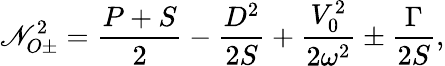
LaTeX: \mathscr{N}_{O\pm}^{2}=\frac{{P+S}}{{2}}-\frac{{D^{2}}}{{2S}}+\frac{{V_{0}^{2}}}{{2\omega^{2}}}\pm\frac{{\Gamma}}{{2S}},